Report of the Bombay Veterinary College
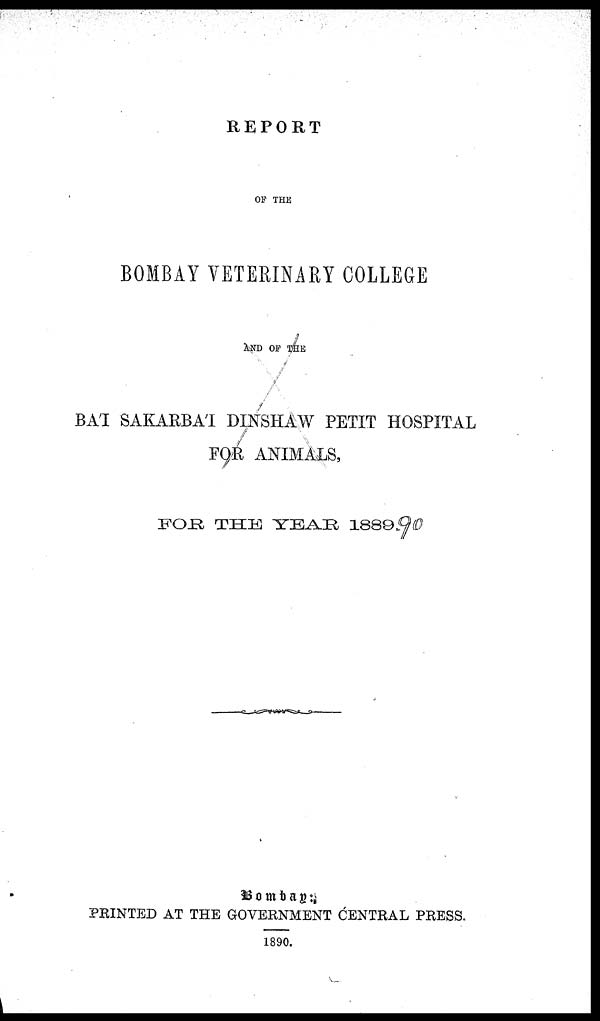
REPORT
OF THE
BOMBAY VETERINARY COLLEGE
AND OF THE
BA'I SAKARBA΄I DINSHAW PETIT HOSPITAL
FOR ANIMALS,
FOR
THE
YEAR 1889-90
Bombay :
PRINTED AT THE GOVERNMENT CENTRAL PRESS.
1890.